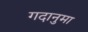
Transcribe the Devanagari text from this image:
गदानुमा